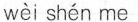
wèi shén me